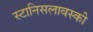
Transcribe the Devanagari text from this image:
स्टानिसलावस्की